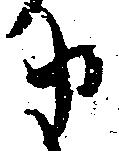
カ